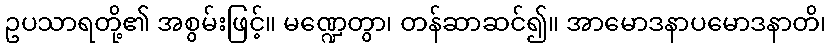
ဥပသာရတို့၏ အစွမ်းဖြင့်။ မဏ္ဍေတွာ၊ တန်ဆာဆင်၍။ အာမောဒနာပမောဒနာတိ၊